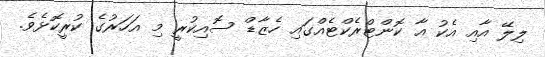
ލިލޭ އާއި އެކު އާ ކޮންޓްރެކްޓެއްގައި ހެޒާޑް ސޮއިކުރީ މި އަހަރުގެ ކުރީކޮޅެވެ.